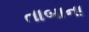
તાબાના